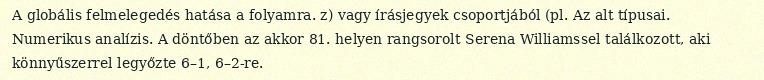
A globális felmelegedés hatása a folyamra. z) vagy írásjegyek csoportjából (pl. Az alt típusai. Numerikus analízis. A döntőben az akkor 81. helyen rangsorolt Serena Williamssel találkozott, aki könnyűszerrel legyőzte 6–1, 6–2-re.